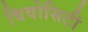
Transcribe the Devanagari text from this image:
विवोसिटी